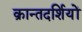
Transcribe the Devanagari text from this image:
क्रान्तदर्शियों